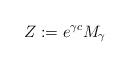
LaTeX: \begin{align*}Z:=e^{\gamma c}M_\gamma\end{align*}